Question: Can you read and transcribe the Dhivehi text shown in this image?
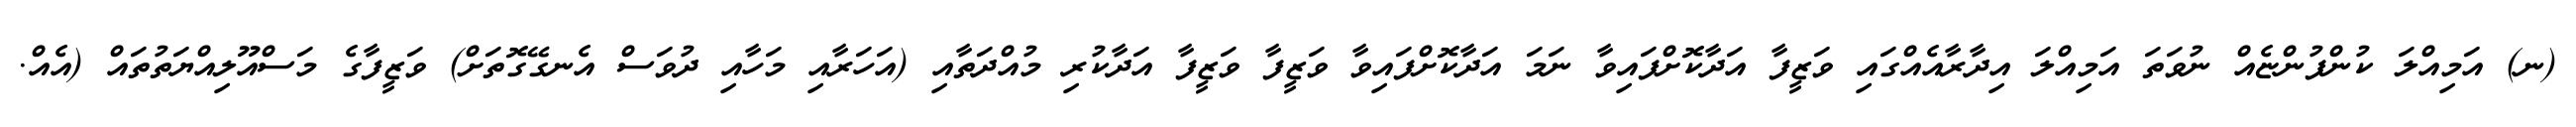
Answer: (ނ) އަމިއްލަ ކުންފުންޏެއް ނުވަތަ އަމިއްލަ އިދާރާއެއްގައި ވަޒީފާ އަދާކޮށްފައިވާ ނަމަ އަދާކޮށްފައިވާ ވަޒީފާ ވަޒީފާ އަދާކުރި މުއްދަތާއި (އަހަރާއި މަހާއި ދުވަސް އެނގޭގޮތަށް) ވަޒީފާގެ މަސްއޫލިއްޔަތުތައް (އެއް.